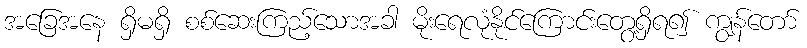
အခြေအနေ ရှိမရှိ စစ်ဆေးကြည့်သောအခါ မိုးရေလုံနိုင်ကြောင်းတွေ့ရှိရ၍ ကျွန်တော်